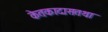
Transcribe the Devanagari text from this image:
केतकादासतथा